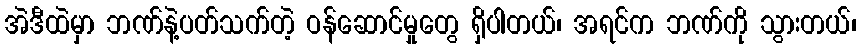
အဲဒီထဲမှာ ဘဏ်နဲ့ပတ်သက်တဲ့ ဝန်ဆောင်မှုတွေ ရှိပါတယ်၊ အရင်က ဘဏ်ကို သွားတယ်၊